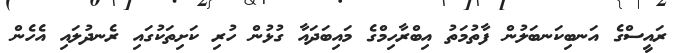
ރައީސްގެ އަނބިކަނބަލުން ފާތުމަތު އިބްރާހިމްގެ މައިބަދައާ ގުޅުން ހުރި ކަށިތަކުގައި ރެނދުލައި އެެހެން